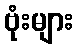
ဗုံးများ